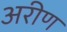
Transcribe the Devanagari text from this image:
अरीण